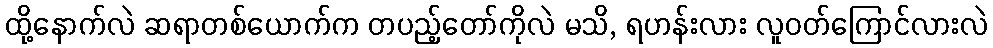
ထို့နောက်လဲ ဆရာတစ်ယောက်က တပည့်တော်ကိုလဲ မသိ, ရဟန်းလား လူဝတ်ကြောင်လားလဲ